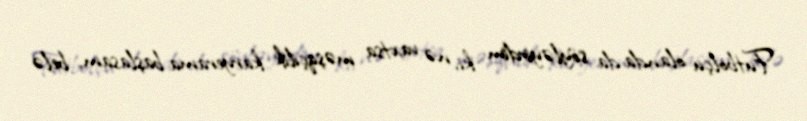
Futbolçu olanda da söyləyirdim ki, nə vaxtsa məşqçilik karyerama başlasam, belə